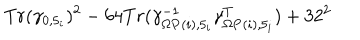
T r ( \gamma _ { 0 , 5 _ { i } } ) ^ { 2 } - 6 4 T r ( \gamma _ { \Omega { \bf P } ( i ) , 5 _ { i } } ^ { - 1 } \gamma _ { \Omega { \bf P } ( i ) , 5 _ { i } } ^ { T } ) + 3 2 ^ { 2 }